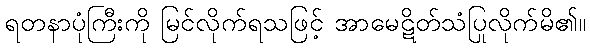
ရတနာပုံကြီးကို မြင်လိုက်ရသဖြင့် အာမေဋိတ်သံပြုလိုက်မိ၏။